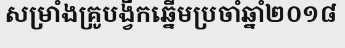
សម្រាំងគ្រូបង្វឹកឆ្នើមប្រចាំឆ្នាំ២០១៨